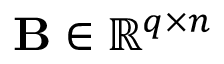
\mathbf { B } \in \mathbb { R } ^ { q \times n }